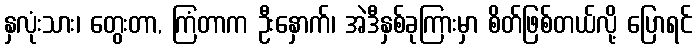
နှလုံးသား၊ တွေးတာ, ကြံတာက ဦးနှောက်၊ အဲဒီနှစ်ခုကြားမှာ စိတ်ဖြစ်တယ်လို့ ပြောရင်